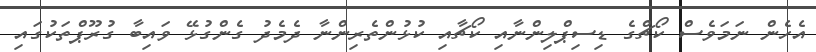
އެހެން ނަމަވެސް ކޯޗްގެ ޑިސިޕްލިންނާއި ކޯޗާއި ކުޅުންތެރިންނާ ދެމެދު ގެންގުޅޭ ވައިބާ ގުރޫޕްތަކުގައި